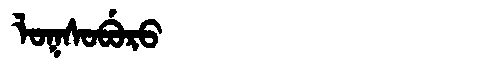
Manchu: ᠯᠣᡴᠰᠣᠪᡠᡵᠣ
Romanization: LOKSOBURO